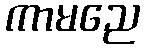
ကာမညေ